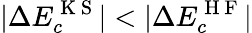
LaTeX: |\Delta E_{c}^{\mathrm{~K~S~}}|<|\Delta E_{c}^{\mathrm{~H~F~}}|